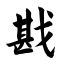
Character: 戡